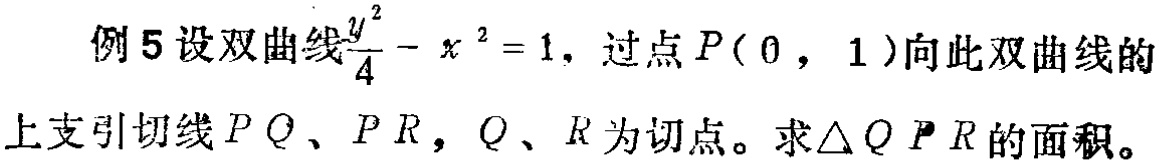
例5 设双曲线$\frac{y^{2}}{4}-x^{2}=1$，过点$P(0,1)$向此双曲线的上支引切线$PQ$、$PR$，$Q$、$R$为切点。求$\triangle QPR$的面积。